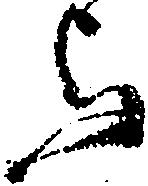
与